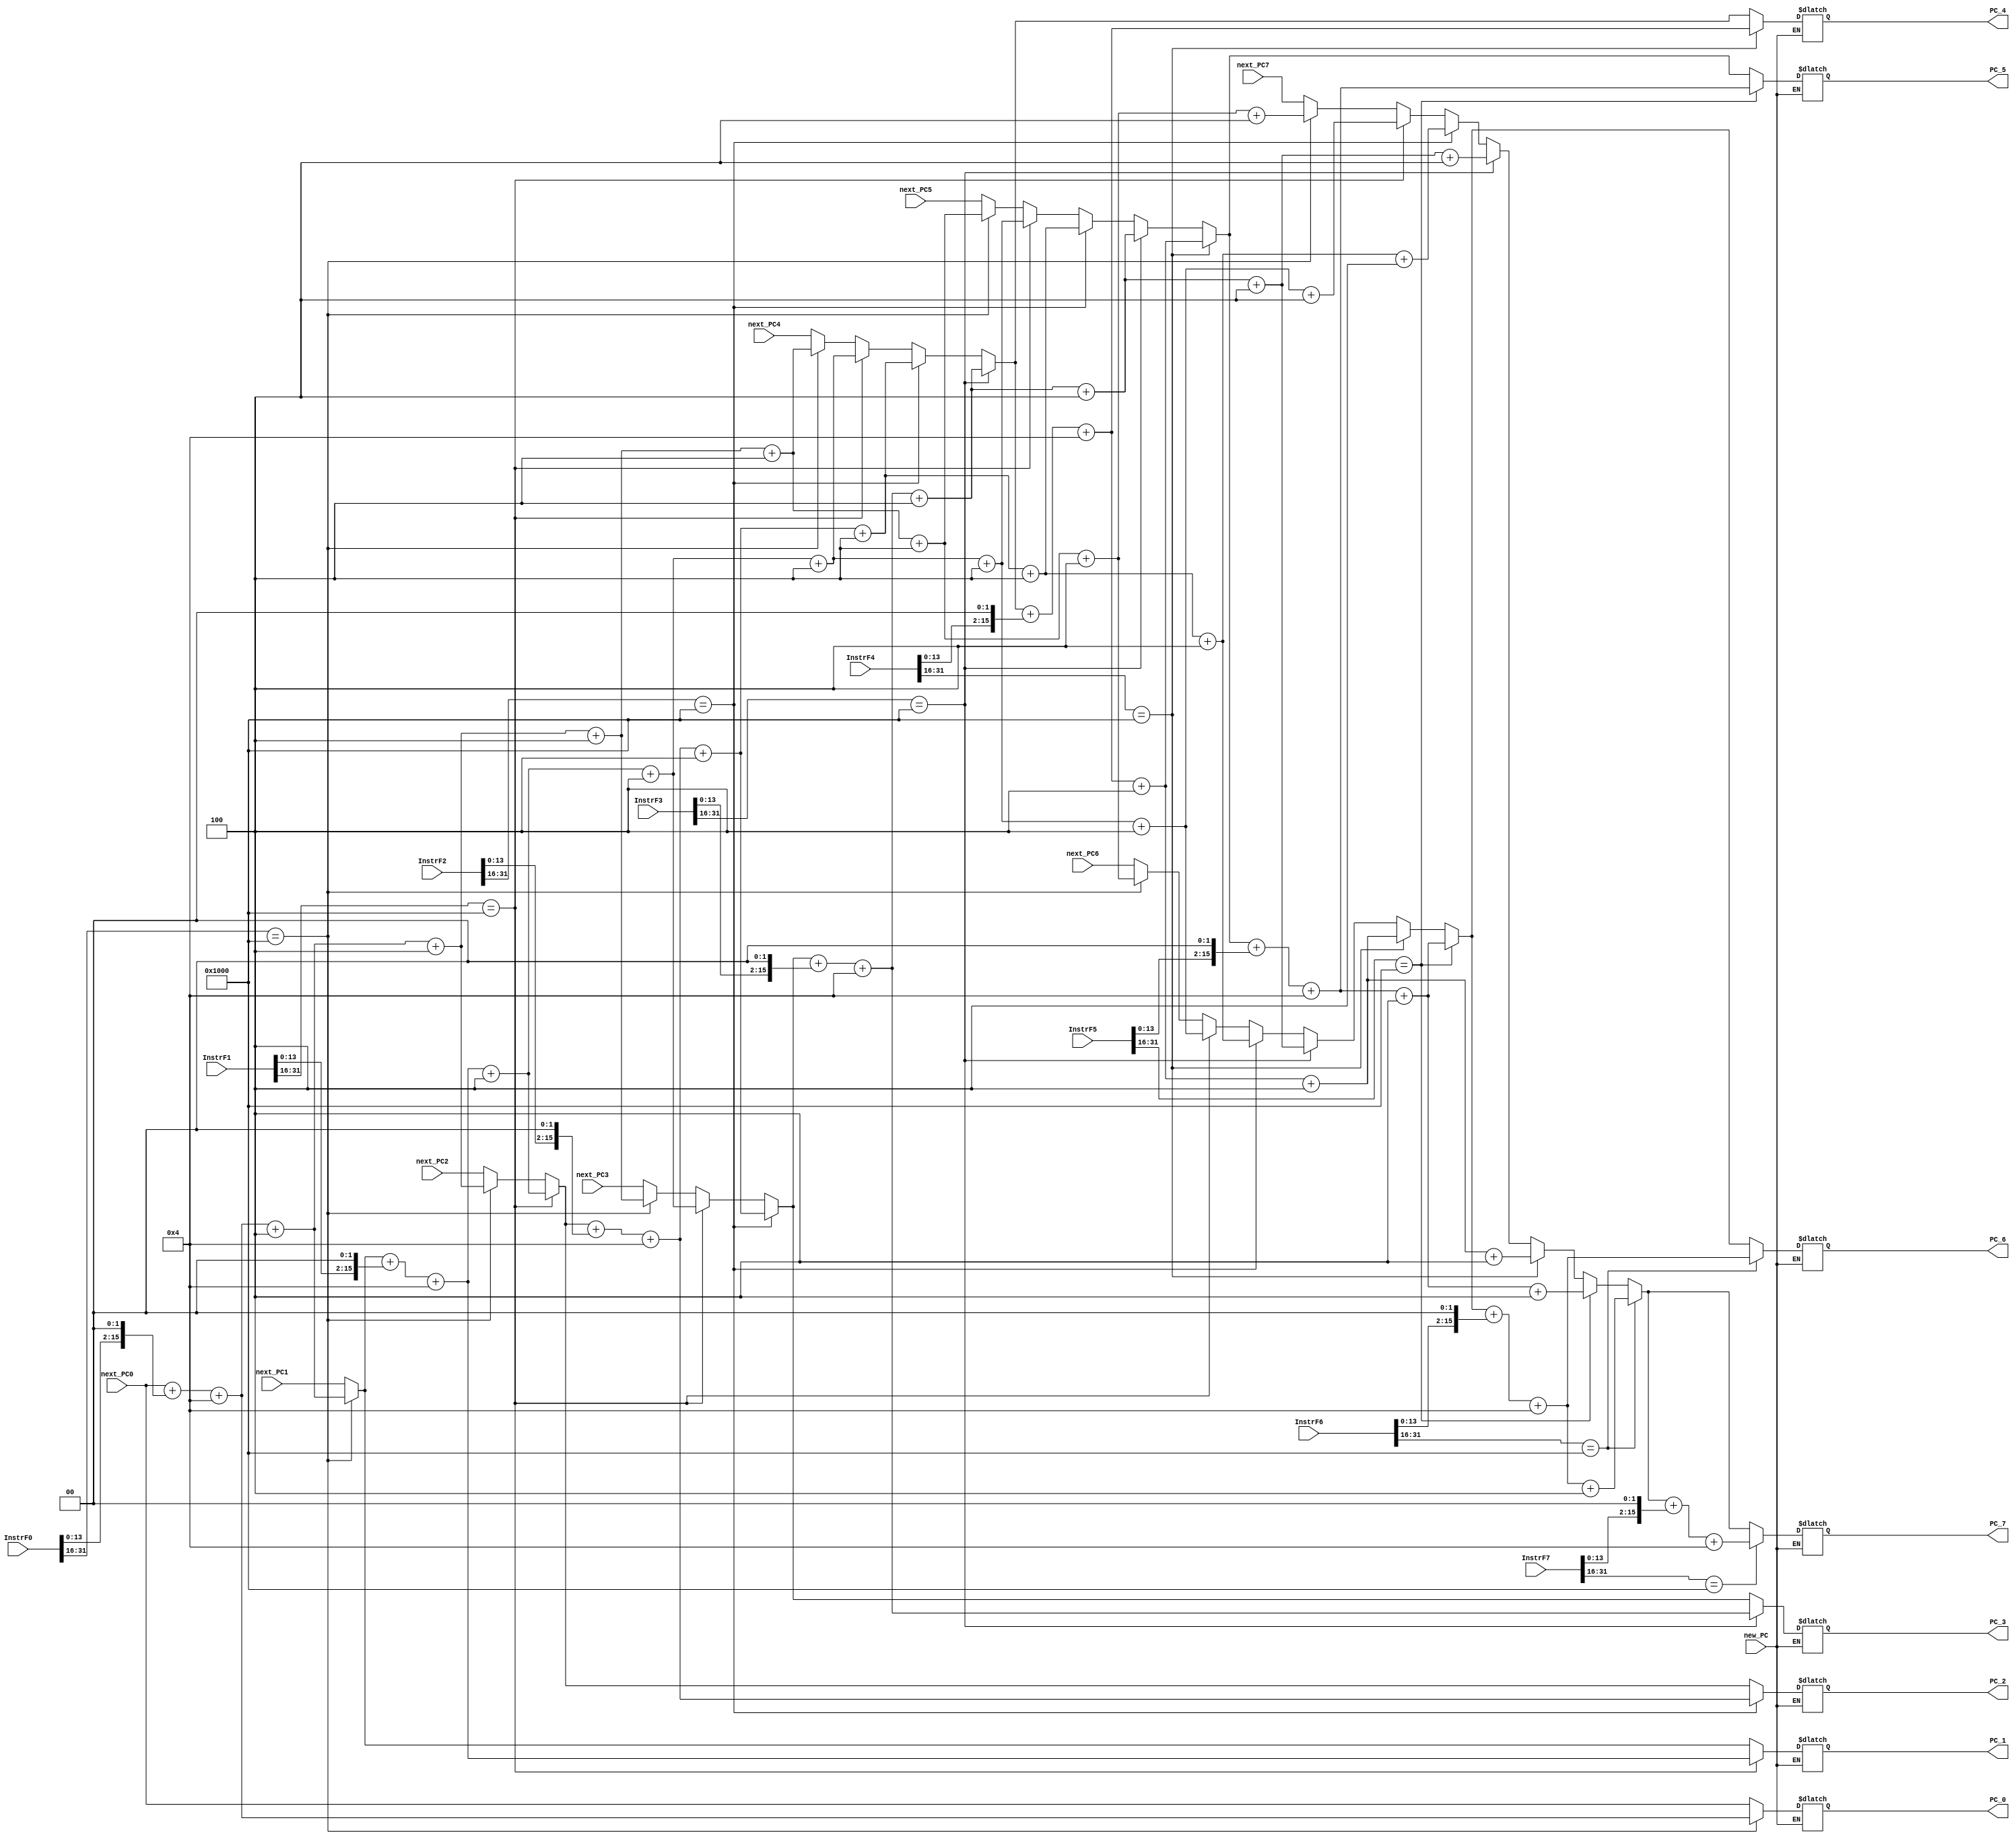
module PCC(

input  wire [31:0] InstrF0,
input  wire [31:0] InstrF1,
input  wire [31:0] InstrF2,
input  wire [31:0] InstrF3,
input  wire [31:0] InstrF4,
input  wire [31:0] InstrF5,
input  wire [31:0] InstrF6,
input  wire [31:0] InstrF7,
input  wire        new_PC,
input  wire [31:0] next_PC0,
input  wire [31:0] next_PC1,
input  wire [31:0] next_PC2,
input  wire [31:0] next_PC3,
input  wire [31:0] next_PC4,
input  wire [31:0] next_PC5,
input  wire [31:0] next_PC6,
input  wire [31:0] next_PC7,
//_____________________
output wire  [31:0] PC_0,
output wire  [31:0] PC_1,
output wire  [31:0] PC_2,
output wire  [31:0] PC_3,
output wire  [31:0] PC_4,
output wire  [31:0] PC_5,
output wire  [31:0] PC_6,
output wire  [31:0] PC_7


);
reg [31:0] instrs [0:7] ;
integer i1,i2;
reg [31:0] next_addr ;
reg [31:0] PCs [0:7] ;

assign PC_0 = PCs[0];
assign PC_1 = PCs[1];
assign PC_2 = PCs[2];
assign PC_3 = PCs[3];
assign PC_4 = PCs[4];
assign PC_5 = PCs[5];
assign PC_6 = PCs[6];
assign PC_7 = PCs[7];


always@(next_PC0,next_PC1,next_PC2,next_PC3,next_PC4,next_PC5,next_PC6,next_PC7,new_PC)
begin
if(new_PC == 1'b1)
begin
	PCs[0] =next_PC0; 
	PCs[1] =next_PC1; 
	PCs[2] =next_PC2; 
	PCs[3] =next_PC3; 
	PCs[4] =next_PC4; 
	PCs[5] =next_PC5; 
	PCs[6] =next_PC6; 
	PCs[7] =next_PC7; 
	#0.2
	instrs[0]=InstrF0;
	instrs[1]=InstrF1;
	instrs[2]=InstrF2;
	instrs[3]=InstrF3;
	instrs[4]=InstrF4;
	instrs[5]=InstrF5;
	instrs[6]=InstrF6;
	instrs[7]=InstrF7;

	for(i1=0; i1<8; i1 = i1+1)
	begin
		if(instrs[i1][31:16] == 16'h1000  )
		begin
			next_addr = $signed(PCs[i1]) + $signed((instrs[i1][15:0])<<2) + $signed(4'b0100);
			PCs[i1] = next_addr;
			for ( i2 = i1+1; i2<8; i2= i2+1)
			begin
				PCs[i2] = PCs[i2-1] + 4'b0100;
			end
			i1 = i1+100;
		end
			
	end

end
end


endmodule